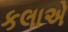
કલાએ